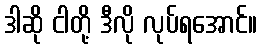
ဒါဆို ငါတို့ ဒီလို လုပ်ရအောင်။